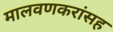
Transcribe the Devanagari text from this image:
मालवणकरांसह